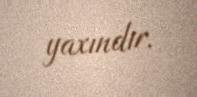
yaxındır.